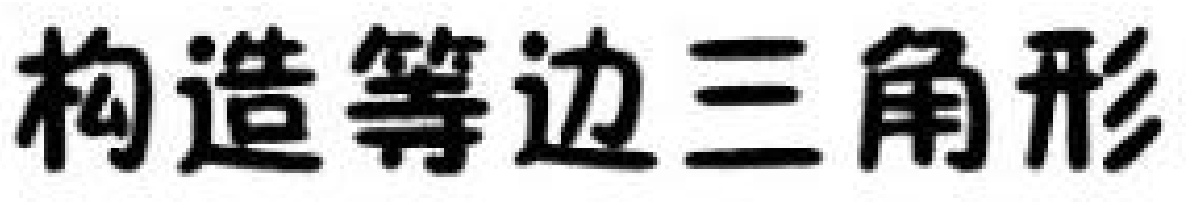
构造等边三角形